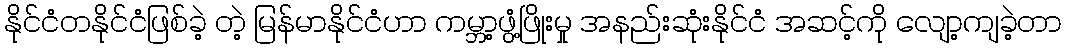
နိုင်ငံတနိုင်ငံဖြစ်ခဲ့ တဲ့ မြန်မာနိုင်ငံဟာ ကမ္ဘာ့ဖွံ့ဖြိုးမှု အနည်းဆုံးနိုင်ငံ အဆင့်ကို လျော့ကျခဲ့တာ